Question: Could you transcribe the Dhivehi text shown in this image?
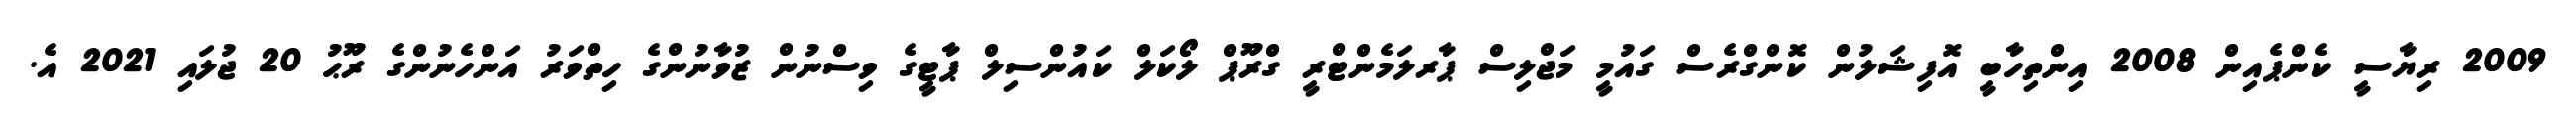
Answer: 2009 ރިޔާސީ ކެންޕެއިން 2008 އިންތިހާބީ އޮފިޝަލުން ކޮންގްރެސް ގައުމީ މަޖްލިސް ޕާރލަމެންޓްރީ ގްރޫޕް ލޯކަލް ކައުންސިލް ޕާޓީގެ ވިސްނުން ޒުވާނުންގެ ހިތްވަރު އަންހެނުންގެ ރޫޙު 20 ޖުލައި 2021 އެ.